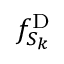
f _ { S _ { k } } ^ { \mathrm { D } }